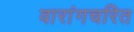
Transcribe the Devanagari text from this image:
वारांगचरित